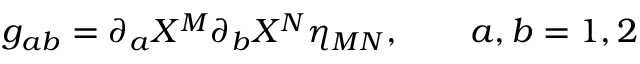
g _ { a b } = \partial _ { a } X ^ { M } \partial _ { b } X ^ { N } \eta _ { M N } , \qquad a , b = 1 , 2